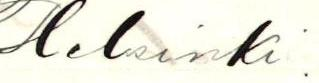
Helsinki.